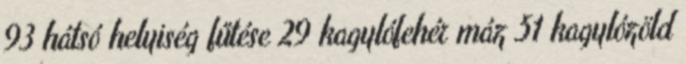
93 hátsó helyiség fűtése 29 kagylófehér máz 51 kagylózöld